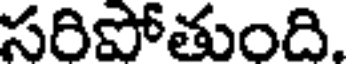
సరిపోతుంది.